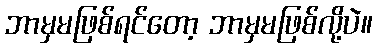
ဘာမှမဖြစ်ရင်တော့ ဘာမှမဖြစ်လို့ပဲ။